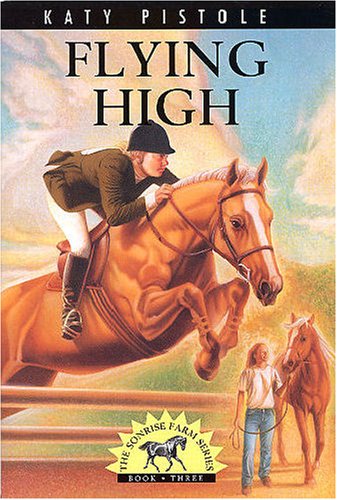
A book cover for Flying High (Pistole, Katy, Sonrise Farm Series, Bk. 3.); Katy Pistole; Christian Books & Bibles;